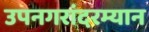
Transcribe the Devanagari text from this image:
उपनगरांदरम्यान